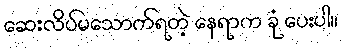
ဆေးလိပ်မသောက်ရတဲ့ နေရာက ခုံ ပေးပါ။